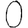
Digit: 0